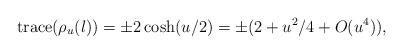
LaTeX: \begin{align*}\operatorname{trace}(\rho_u(l)) = \pm 2\cosh(u/2) = \pm (2 + u^2/4 + O(u^4)),\end{align*}